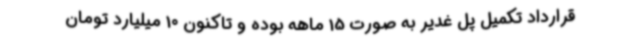
قرارداد تکمیل پل غدیر به صورت 15 ماهه بوده و تاکنون 10 میلیارد تومان